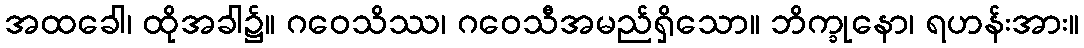
အထခေါ၊ ထိုအခါ၌။ ဂဝေသိဿ၊ ဂဝေသီအမည်ရှိသော။ ဘိက္ခုနော၊ ရဟန်းအား။